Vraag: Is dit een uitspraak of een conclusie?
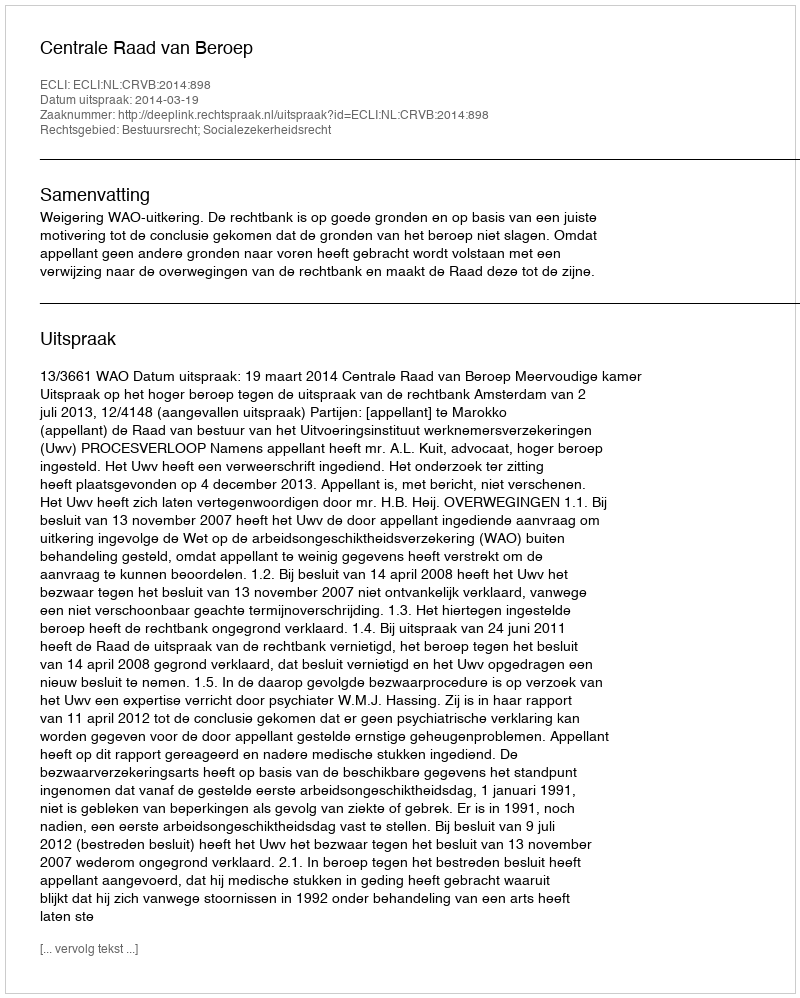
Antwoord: Uitspraak